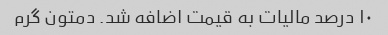
۱۰ درصد مالیات به قیمت اضافه شد. دمتون گرم